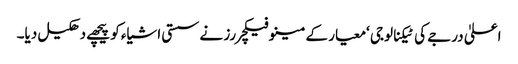
اعلیٰ درجے کی ٹیکنالوجی ‘معیار کے مینوفیکچررز نے سستی اشیاء کو پیچھے دھکیل دیا۔